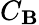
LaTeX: C_{\mathbf{B}}